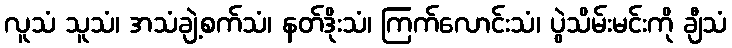
လူသံ သူသံ၊ အသံချဲ့စက်သံ၊ နတ်ဒိုးသံ၊ ကြက်လောင်းသံ၊ ပွဲသိမ်းမင်းကို ချီသံ